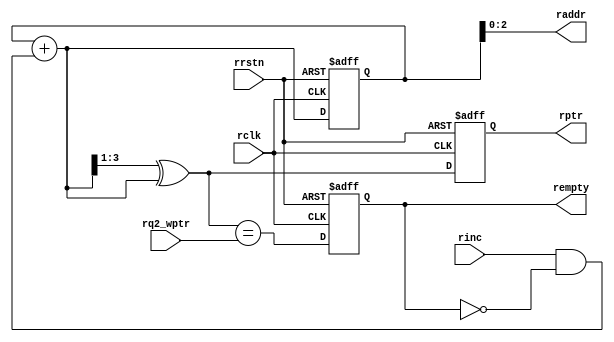
module rptr_empty#(parameter ADDR_SIZE=3)(
input rclk,rrstn,rinc,
input [ADDR_SIZE:0] rq2_wptr,
output reg rempty,
output [ADDR_SIZE-1:0] raddr,
output reg [ADDR_SIZE:0] rptr
);

wire rempty_val;
wire [ADDR_SIZE:0] rgrey_next,rbin_next;
reg [ADDR_SIZE:0] rbin;

assign rempty_val = (rgrey_next== rq2_wptr);

always @(posedge rclk or negedge rrstn)begin
if(!rrstn) rempty <= 1'b1;
else rempty <= rempty_val;
end

assign rbin_next = rbin + (rinc & ! rempty);
assign rgrey_next = rbin_next>>1 ^ rbin_next;


always @(posedge rclk or negedge rrstn) begin

if(!rrstn) {rbin,rptr}<=0;
else {rbin,rptr} <= {rbin_next,rgrey_next};

end


assign raddr = rbin[ADDR_SIZE-1:0];






endmodule